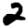
Digit: 2